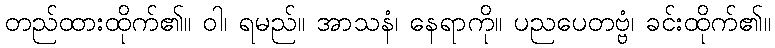
တည်ထားထိုက်၏။ ဝါ၊ ရမည်။ အာသနံ၊ နေရာကို။ ပညပေတဗ္ဗံ၊ ခင်းထိုက်၏။